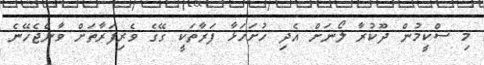
މި ސްކީމުން ދޫކުރާ ލޯނަށް އެދި ހުށަހަޅާ ފަރާތަކީ ގޭގެ ވެރިފަރާތަށް ވާންޖެހޭނެ